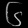
Digit: ၆